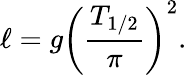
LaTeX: \ell=g\left({\frac{T_{1/2}}{\pi}}\right)^{2}.